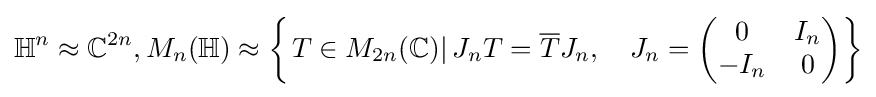
\mathbb {H} ^{n}\approx \mathbb {C} ^{2n},M_{n}(\mathbb {H} )\approx \left\{\left.T\in M_{2n}(\mathbb {C} )\right|J_{n}T={\overline {T}}J_{n},\quad J_{n}=\left({\begin{matrix}0&I_{n}\\-I_{n}&0\end{matrix}}\right)\right\}